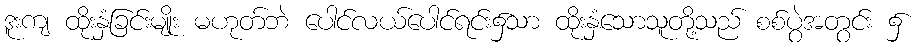
ဒူးကျ ထိုးနှံခြင်းမျိုး မဟုတ်ဘဲ ပေါင်လယ်ပေါင်ရင်း၌သာ ထိုးနှံသောသူတို့သည် စစ်ပွဲအတွင်း ၌